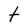
Character: t